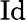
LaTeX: \mathrm{Id}